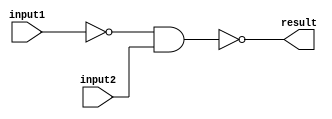
/******************************************************************************
 ** Logisim-evolution goes FPGA automatic generated Verilog code             **
 ** https://github.com/logisim-evolution/                                    **
 **                                                                          **
 ** Component : NAND_GATE_BUS                                                **
 **                                                                          **
 *****************************************************************************/

module NAND_GATE_BUS( input1,
                      input2,
                      result );

   /*******************************************************************************
   ** Here all module parameters are defined with a dummy value                  **
   *******************************************************************************/
   parameter NrOfBits = 1;
   parameter [64:0] BubblesMask = 1;

   /*******************************************************************************
   ** The inputs are defined here                                                **
   *******************************************************************************/
   input [NrOfBits-1:0] input1;
   input [NrOfBits-1:0] input2;

   /*******************************************************************************
   ** The outputs are defined here                                               **
   *******************************************************************************/
   output [NrOfBits-1:0] result;

   /*******************************************************************************
   ** The wires are defined here                                                 **
   *******************************************************************************/
   wire [NrOfBits-1:0] s_realInput1;
   wire [NrOfBits-1:0] s_realInput2;

   /*******************************************************************************
   ** The module functionality is described here                                 **
   *******************************************************************************/

   /*******************************************************************************
   ** Here the bubbles are processed                                             **
   *******************************************************************************/
   assign  s_realInput1 = (BubblesMask[0] == 1'b0) ? input1 : ~input1;
   assign  s_realInput2 = (BubblesMask[1] == 1'b0) ? input2 : ~input2;

   /*******************************************************************************
   ** Here the functionality is defined                                          **
   *******************************************************************************/
   assign result = ~(s_realInput1&
                     s_realInput2);

endmodule